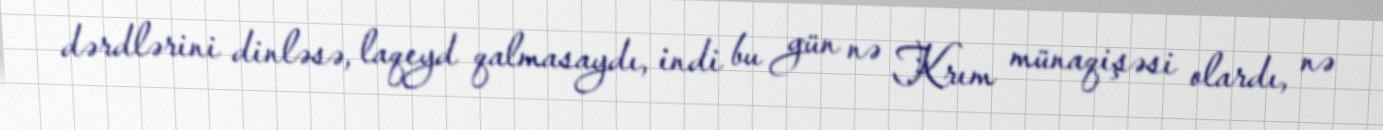
dərdlərini dinləsə, laqeyd qalmasaydı, indi bu gün nə Krım münaqişəsi olardı, nə